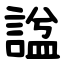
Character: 諡